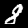
Label: 8